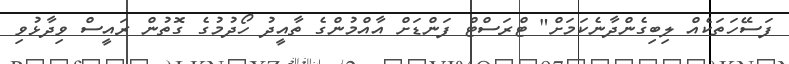
ފަސޭހަތަކެއް ލިބިގެންދާނެކަމަށް" ޓްރަސްޓް ފަންޑަށް އާއްމުންގެ ތާއީދު ހޯދުމުގެ ގޮތުން ރައީސް ވިދާޅުވި